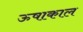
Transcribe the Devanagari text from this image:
ऊषाकाल